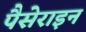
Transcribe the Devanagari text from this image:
पैसेराइन